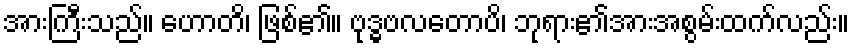
အားကြီးသည်။ ဟောတိ၊ ဖြစ်၏။ ဗုဒ္ဓဗလတောပိ၊ ဘုရား၏အားအစွမ်းထက်လည်း။